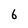
Character: 6